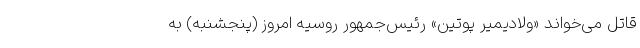
قاتل می‌خواند «ولادیمیر پوتین» رئیس‌جمهور روسیه امروز (پنجشنبه) به